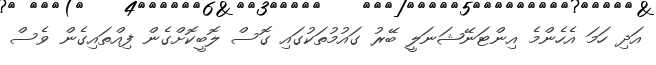
އަދި ހަމަ އެހެންމެ އިންޓަނޭޝަނަލީ ބޭރު ގައުމުތަކުގައި ގޮސް ލޮބީކޮށްގެން ފިއްތައިގެން ވެސް